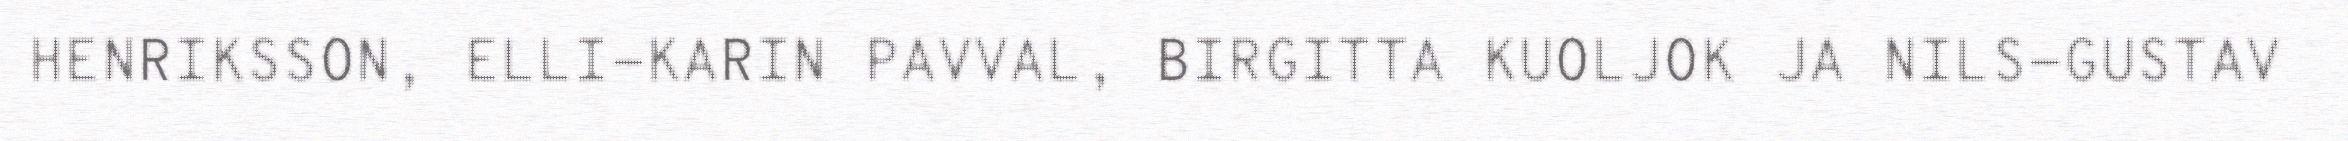
HENRIKSSON, ELLI-KARIN PAVVAL, BIRGITTA KUOLJOK JA NILS-GUSTAV